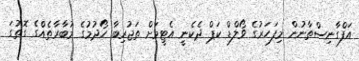
އަފްގާނިސްތާނުން މިފަހަރުގެ ވޯލްޑް ކަޕް ދެކެނީ އެޓީމަށް ތަޖުރިބާ ހޯދުމުގެ މުބާރާތެއްގެ ގޮތުގަ